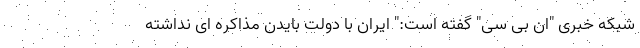
شبکه خبری "ان بی سی" گفته است:" ایران با دولت بایدن مذاکره ای نداشته